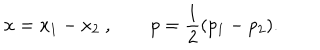
LaTeX: x = x _ { 1 } - x _ { 2 } \ , \qquad p = { \frac { 1 } { 2 } } ( p _ { 1 } - p _ { 2 } ) .